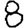
Digit: 8